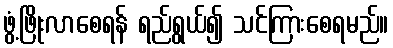
ဖွံ့ဖြိုးလာစေရန် ရည်ရွယ်၍ သင်ကြားစေရမည်။